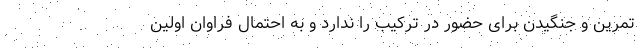
تمرین و جنگیدن برای حضور در ترکیب را ندارد و به احتمال فراوان اولین